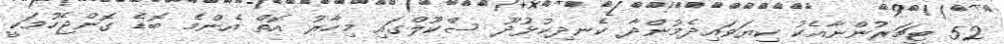
52 ޓީޗަރުންނާއެކު ކިޔަވައިދެމުންދާ ކެނދިކުޅުދޫ ސްކޫލްގައި މިހާރު އޮތް އެންމެ ބޮޑެ ގޮންޖެހުމަކީ